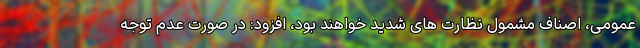
عمومی، اصناف مشمول نظارت های شدید خواهند بود، افزود: در صورت عدم توجه